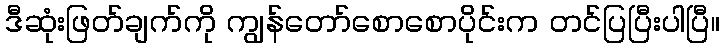
ဒီဆုံးဖြတ်ချက်ကို ကျွန်တော်စောစောပိုင်းက တင်ပြပြီးပါပြီ။